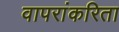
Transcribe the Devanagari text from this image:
वापरांकरिता